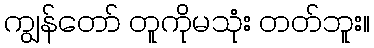
ကျွန်တော် တူကိုမသုံး တတ်ဘူး။